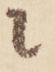
に